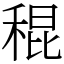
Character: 䅙